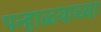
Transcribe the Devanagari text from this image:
पन्हाळ्याच्या